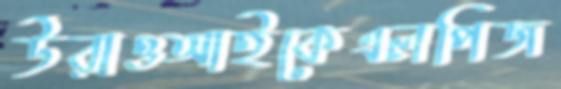
উঁরাওআইকেএলপিজ